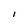
Character: I